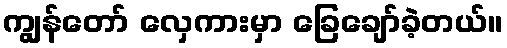
ကျွန်တော် လှေကားမှာ ခြေချော်ခဲ့တယ်။